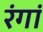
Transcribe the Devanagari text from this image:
रंगां